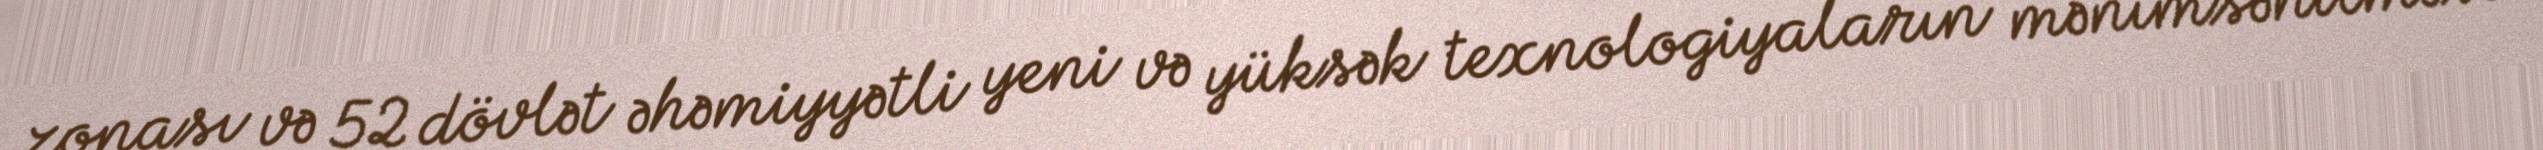
zonası və 52 dövlət əhəmiyyətli yeni və yüksək texnologiyaların mənimsənilməsi